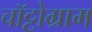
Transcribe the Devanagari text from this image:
चॉट्टोग्राम